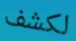
لكشف